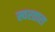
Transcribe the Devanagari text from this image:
स्वरतारा